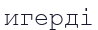
игерді